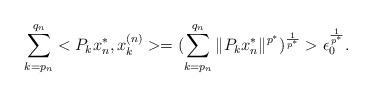
LaTeX: \begin{align*}\sum_{k=p_{n}}^{q_{n}}<P_{k}x^{*}_{n},x^{(n)}_{k}>=(\sum_{k=p_{n}}^{q_{n}}\|P_{k}x^{*}_{n}\|^{p^{*}})^{\frac{1}{p^{*}}}>\epsilon_{0}^{\frac{1}{p^{*}}}.\end{align*}